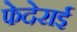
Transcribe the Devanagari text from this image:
फेदेराई